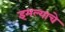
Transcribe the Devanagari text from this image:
इमल्याचे